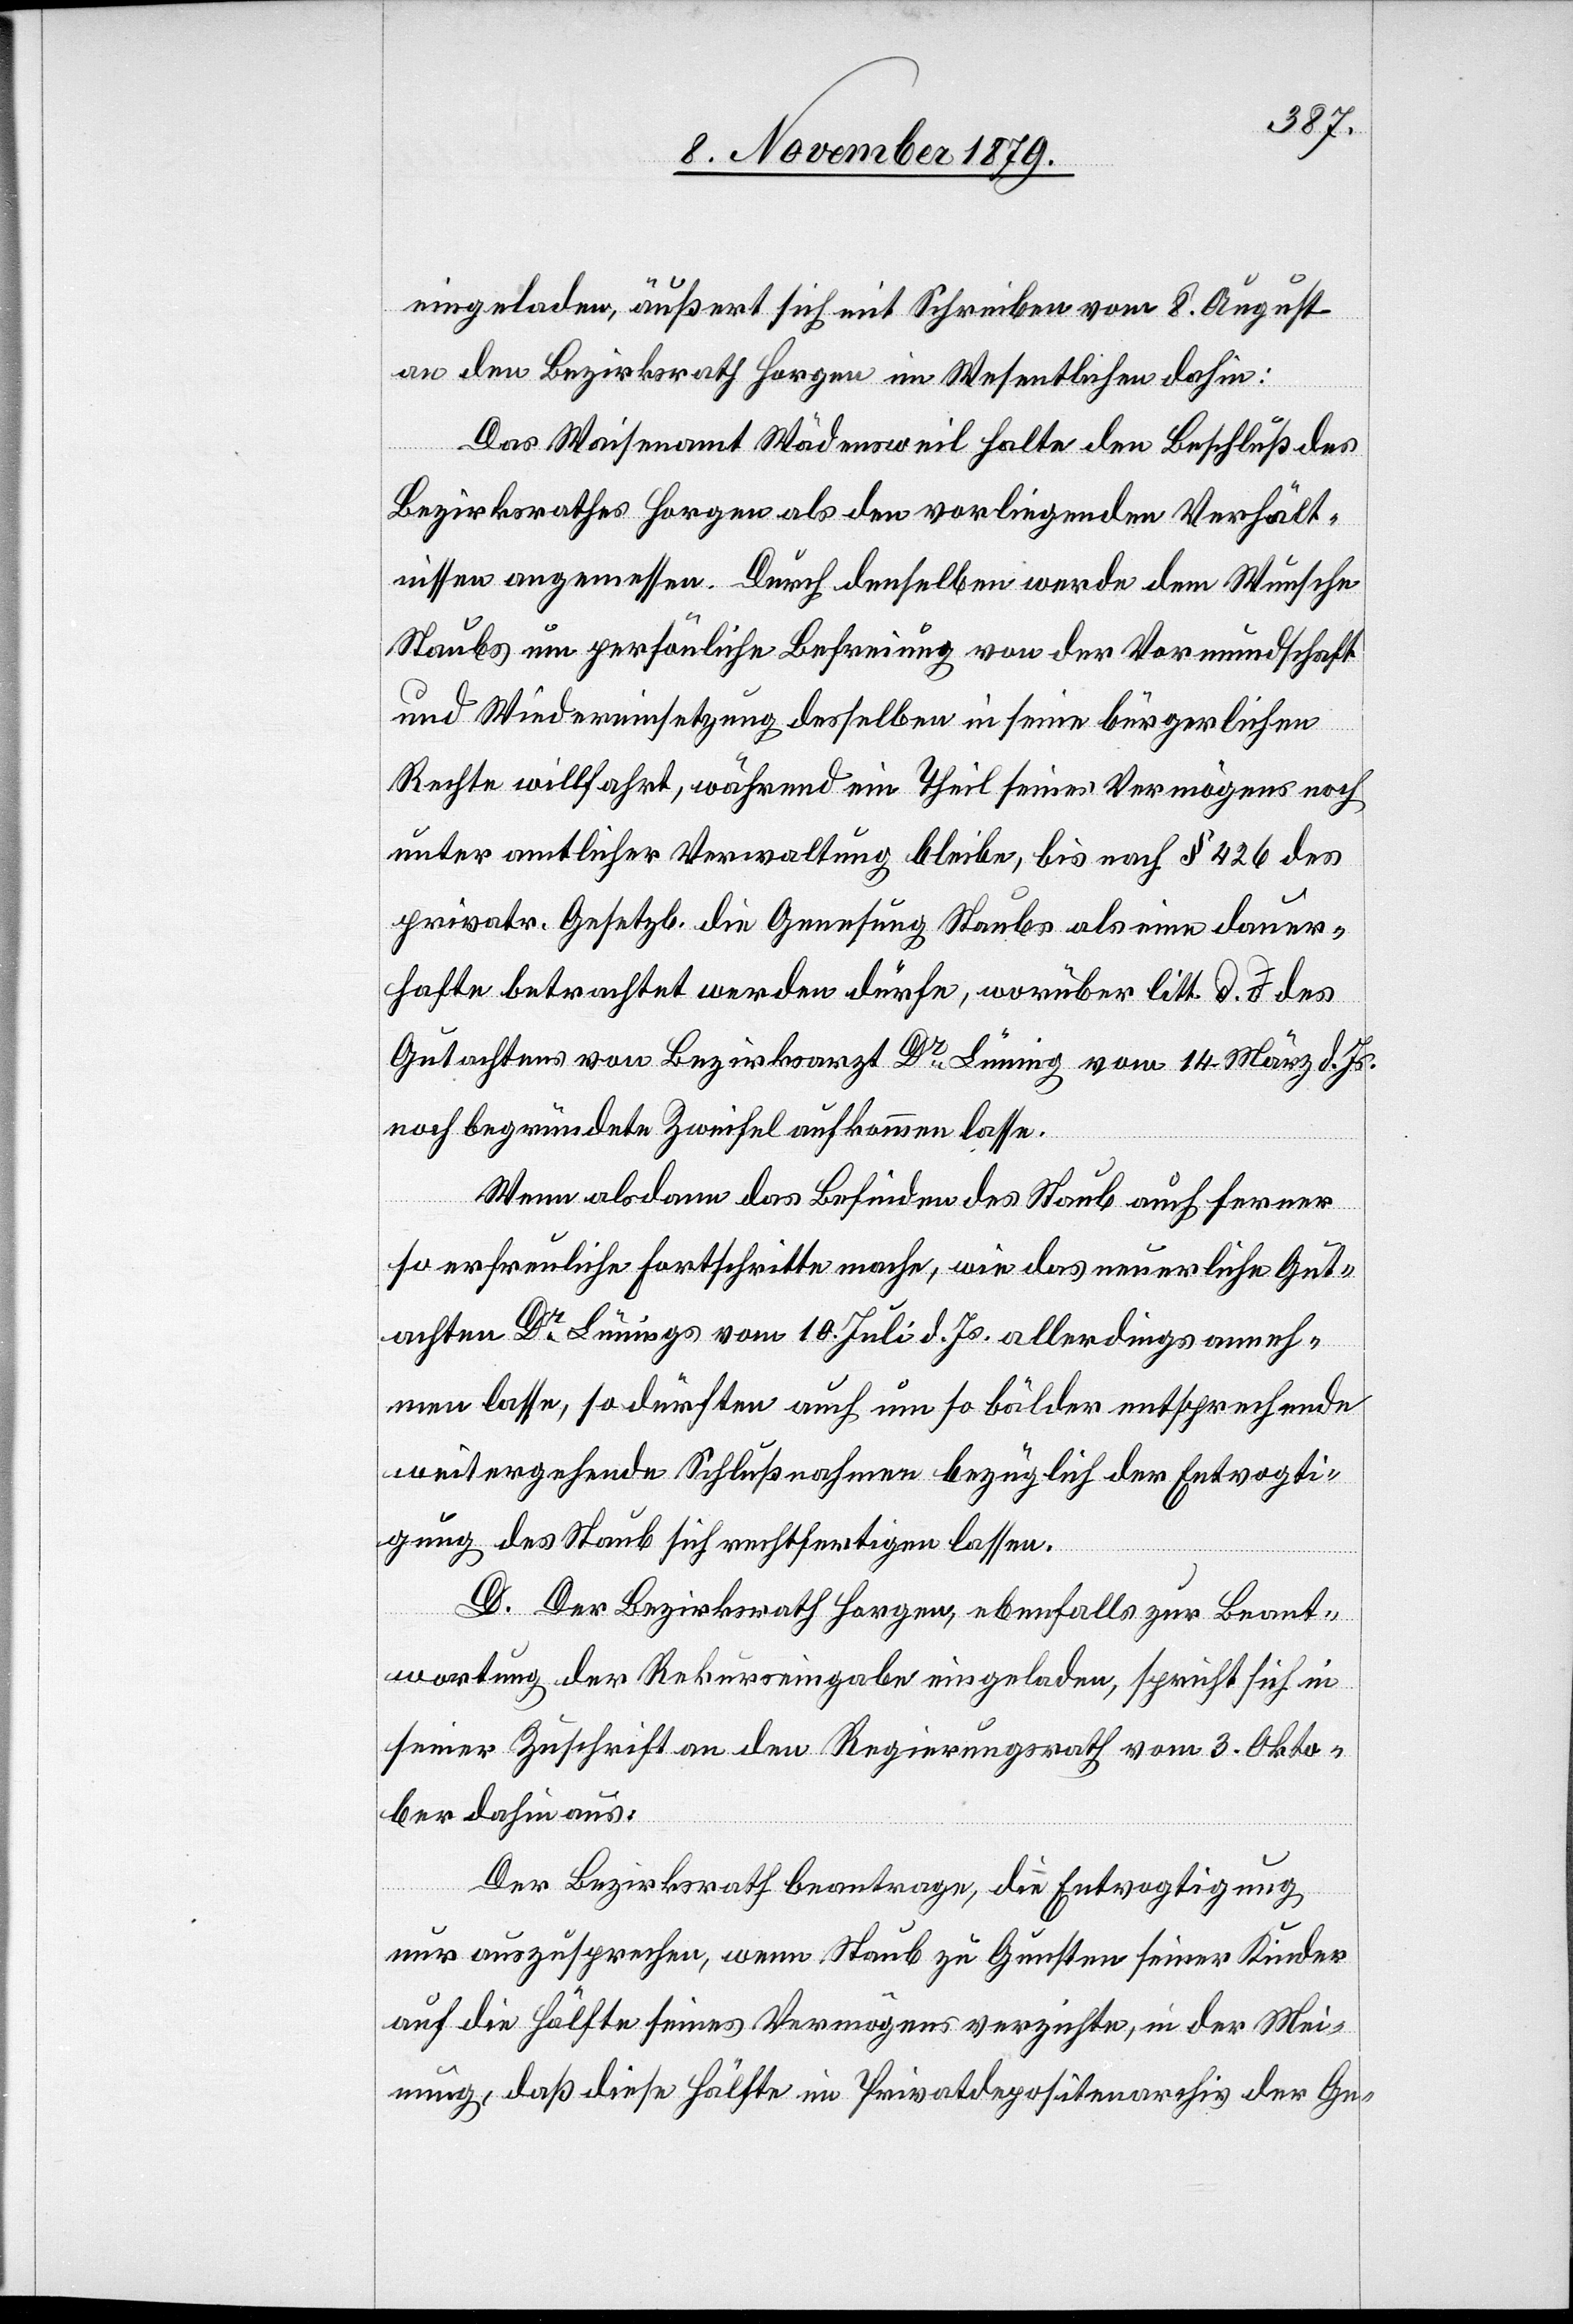
eingeladen, äußert sich mit Schreiben vom 8. August
an den Bezirksrath Horgen im Wesentlichen dahin:
Das Waisenamt Wädensweil halte den Beschluß des
Bezirksrathes Horgen als den vorliegenden Verhält¬
nissen angemessen. Durch denselben werde dem Wunsche
Staubs um persönliche Befreiung von der Vormundschaft
und Wiedereinsetzung desselben in seine bürgerlichen
Rechte willfahrt, während ein Theil seines Vermögens noch
unter amtlicher Verwaltung bleibe, bis nach § 426 des
privatr. Gesetzb. die Genesung Staubs als eine dauer¬
hafte betrachtet werden dürfe, worüber litt. d. des
Gutachtens von Bezirksarzt Dr Lüning von 14. März d. Js.
noch begründete Zweifel aufkommen lasse.
Wenn alsdann das Befinden des Staub auch ferner
so erfreuliche Fortschritte mache, wie das neuerliche Gut¬
achten Dr Lünings vom 10. Juli d. Js. allerdings anneh¬
men lasse, so dürften auch um so bälder entsprechende
weitergehende Schlußnahmen bezüglich der Entvogti¬
gung des Staub sich rechtfertigen lassen.
D. Der Bezirksrath Horgen, ebenfalls zur Beant¬
wortung der Rekurseingabe eingeladen, spricht sich in
seiner Zuschrift an den Regierungsrath vom 3. Okto¬
ber dahin aus:
Der Bezirksrath beantrage, die Entvogtigung
nur auszusprechen, wenn Staub zu Gunsten seiner Kinder
auf die Hälfte seines Vermögens verzichte, in der Mei¬
nung, daß diese Hälfte im Privatdepositenarchiv der Ge-